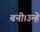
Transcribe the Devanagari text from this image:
बनी।उन्हे